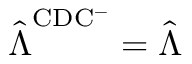
\hat { \boldsymbol { \Lambda } } ^ { \mathrm { C D C ^ { - } } } = \hat { \boldsymbol { \Lambda } }